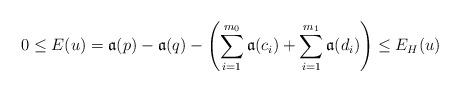
LaTeX: \begin{align*}0 \le E(u)=\mathfrak{a}(p)-\mathfrak{a}(q)- \left( \sum_{i=1}^{m_0} \mathfrak{a}(c_i) + \sum_{i=1}^{m_1} \mathfrak{a}(d_i)\right) \le E_H(u)\end{align*}